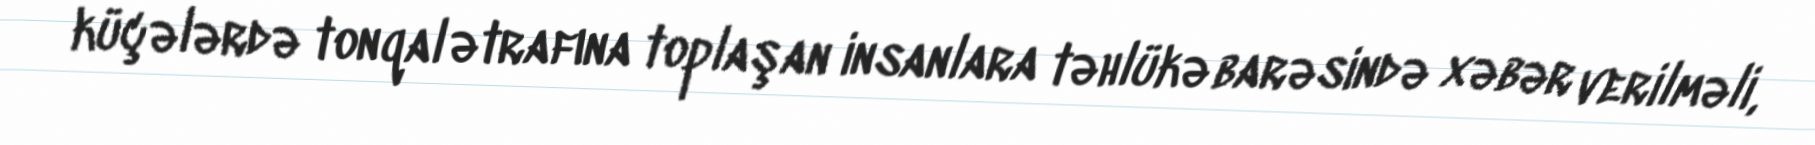
küçələrdə tonqal ətrafına toplaşan insanlara təhlükə barəsində xəbər verilməli,